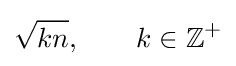
{\sqrt {kn}},\qquad k\in \mathbb {Z^{+}}